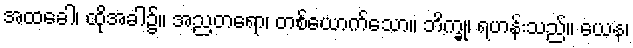
အထခေါ၊ ထိုအခါ၌။ အညတရော၊ တစ်ယောက်သော။ ဘိက္ခု၊ ရဟန်းသည်။ ယေန၊